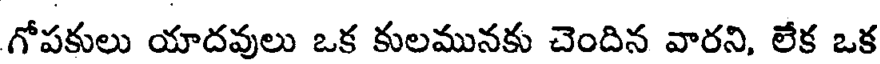
గోపకులు యాదవులు ఒక కులమునకు చెందిన వారని, లేక ఒక